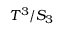
T ^ { 3 } / S _ { 3 }